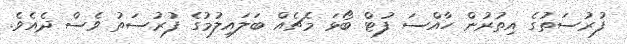
ފުރުސަތުގެ އިތުރުން ހާއްސަ ފުޓް ބޯޅަ މެޗެއް ބަލައިލުމުގެ ފުރުސަތު ވެސް ދެއެވެ.